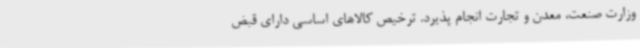
وزارت صنعت، معدن و تجارت انجام پذیرد. ترخیص کالاهای اساسی دارای قبض